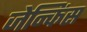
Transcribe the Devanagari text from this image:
जेन्किंस